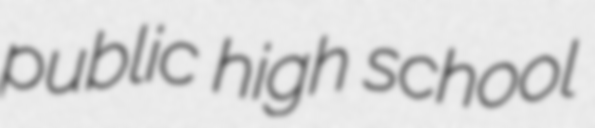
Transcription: public high school